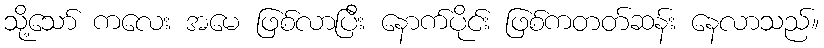
သို့သော် ကလေး အမေ ဖြစ်လာပြီး နောက်ပိုင်း ဖြစ်ကတတ်ဆန်း နေလာသည်။